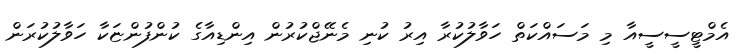
އެމްޓީސީސީއާ މި މަސައްކަތް ހަވާލުކުރާ އިރު ކުނި މެނޭޖްކުރުން އިންޑިއާގެ ކުންފުންޏަކާ ހަވާލުކުރަން